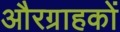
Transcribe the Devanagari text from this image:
औरग्राहकों